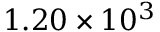
1 . 2 0 \times 1 0 ^ { 3 }